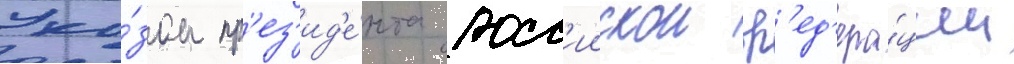
Ука́зом пр'ез'ид'е́нта росс'иискои ф'ед'ера́ции